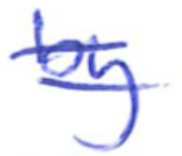
Text: by
Cross-out: double-line
Writing tool: ballpoint